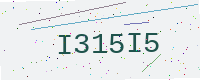
Text: I315I5